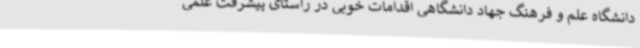
دانشگاه علم و فرهنگ جهاد دانشگاهی اقدامات خوبی در راستای پیشرفت علمی